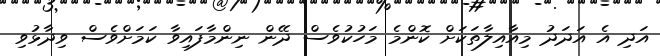
އަދި އެ އަދަދު މިއާއިލާތަކަށް ކޮންމެ މަަހުކުވެސް ދޭން ނިންމާފައިވާ ކަމަށްވެސް ވިދާޅުވި